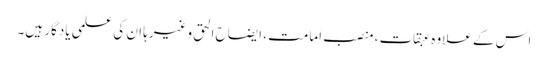
اس کے علاوہ عبقات ، منصب امامت ، ایضاح الحق وغیرہا ان کی علمی یادگار ہیں۔